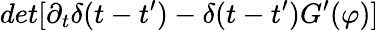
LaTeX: det[\partial_{t}\delta(t-t^{\prime})-\delta(t-t^{\prime})G^{\prime}(\varphi)]